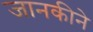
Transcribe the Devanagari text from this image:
जानकीने